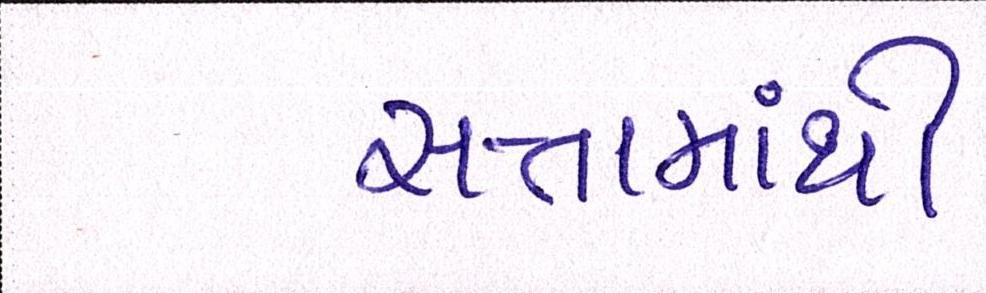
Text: સત્તામાંથી